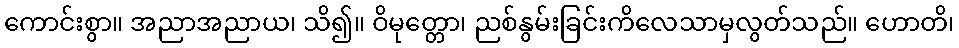
ကောင်းစွာ။ အညာအညာယ၊ သိ၍။ ဝိမုတ္တော၊ ညစ်နွမ်းခြင်းကိလေသာမှလွတ်သည်။ ဟောတိ၊